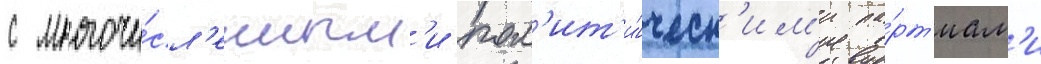
с многочи́сл'енным'и пол'ит'и́ческ'им'и па́рт'иам'и